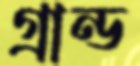
গ্রান্ড